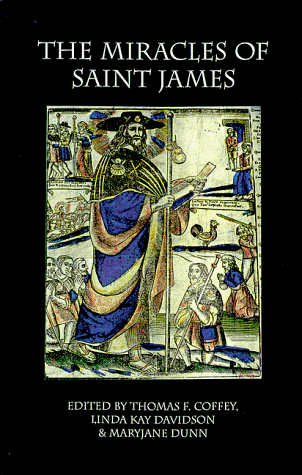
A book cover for The Miracles of Saint James; Linda Kay Davidson; Religion & Spirituality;